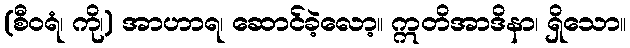
(စီဝရံ၊ ကို၊) အာဟာရ၊ ဆောင်ခဲ့လော့။ ဣတိအာဒိနာ၊ ရှိသော။